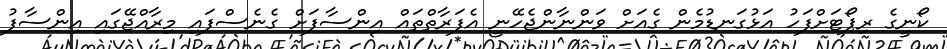
ކޯނީގެ ރިޕޯޓަށްފަހު އަޅުގަނޑުމެން ގެއަށް ވަންނާންޖެހޭނީ އެފަރާތްތައް އިންސާފަށް ގެނެސްފައި މިރާއްޖޭގައި އިންސާފު